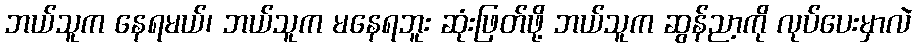
ဘယ်သူက နေရမယ်၊ ဘယ်သူက မနေရဘူး ဆုံးဖြတ်ဖို့ ဘယ်သူက ဆွန်ညာ့ကို လုပ်ပေးမှာလဲ